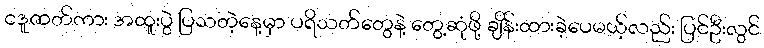
ငဒူဇာတ်ကား အထူးပွဲ ပြသတဲ့နေ့မှာ ပရိသတ်တွေနဲ့ တွေ့ဆုံဖို့ ချိန်းထားခဲ့ပေမယ့်လည်း ပြင်ဦးလွင်